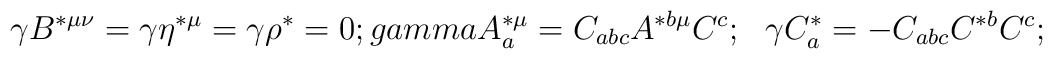
\gamma B^{*\mu\nu}=\gamma \eta^{*\mu}=\gamma \rho^* = 0;\ \\gamma A^{*\mu}_a = C_{abc}A^{*b\mu}C^c;\ \ \gamma C_a^* =-C_{abc}C^{*b}C^c ;